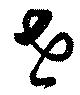
垚